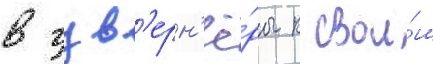
в гув'ерн'ё́ры к свои́м